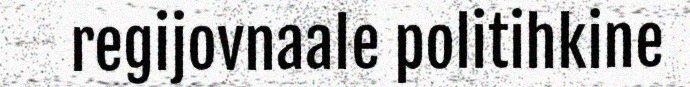
regijovnaale politihkine